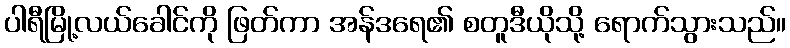
ပါရီမြို့လယ်ခေါင်ကို ဖြတ်ကာ အန်ဒရေ၏ စတူဒီယိုသို့ ရောက်သွားသည်။